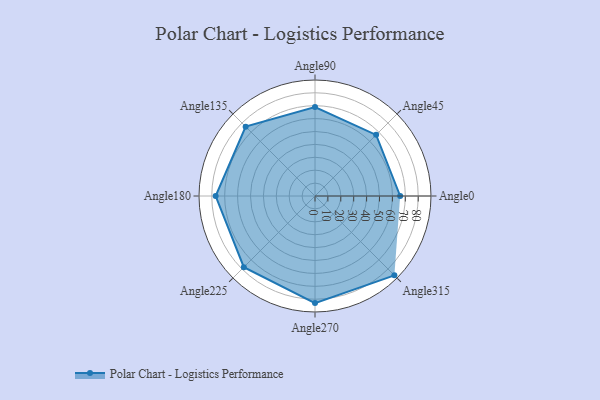
{"axis": {"x": "Angle", "y": "Radius"}, "legend": [""], "data": [{"x": "Angle0", "y": 66.0, "type": ""}, {"x": "Angle45", "y": 67.0, "type": ""}, {"x": "Angle90", "y": 69.0, "type": ""}, {"x": "Angle135", "y": 76.0, "type": ""}, {"x": "Angle180", "y": 77.0, "type": ""}, {"x": "Angle225", "y": 78.0, "type": ""}, {"x": "Angle270", "y": 83.0, "type": ""}, {"x": "Angle315", "y": 87.0, "type": ""}]}